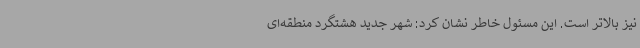
نیز بالاتر است. این مسئول خاطر نشان کرد: شهر جدید هشتگرد منطقه‌ای